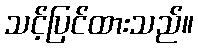
သင့်ပြင်ထားသည်။